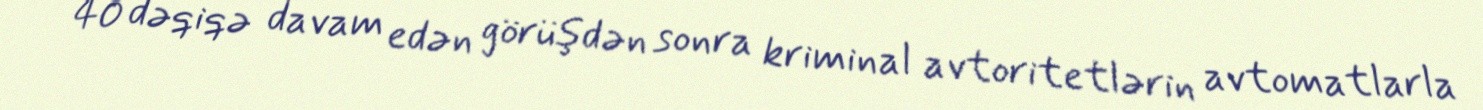
40 dəqiqə davam edən görüşdən sonra kriminal avtoritetlərin avtomatlarla